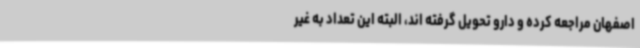
اصفهان مراجعه کرده و دارو تحویل گرفته اند، البته این تعداد به غیر